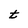
Character: t